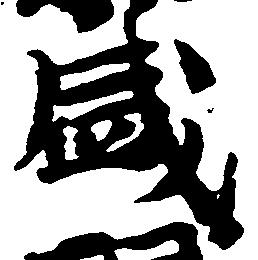
盛